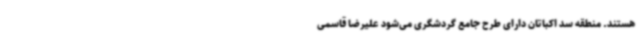
هستند. منطقه سد اکباتان دارای طرح جامع گردشگری می‌شود علیرضا قاسمی